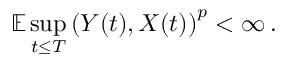
\mathbb { E } \operatorname* { s u p } _ { t \leq T } \left( Y ( t ) , X ( t ) \right) ^ { p } < \infty \, .